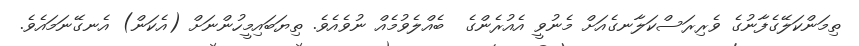
ތިމަންކަލޭގެފާނުގެ ވެރިރަސްކަލާނގެއަށް މެނުވީ އެއުރެންގެ  ބެއްލެވުމެއް ނުވެއެވެ. ތިޔަބައިމީހުންނަށް (އެކަން) އެނގޭނަމައެވެ.